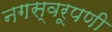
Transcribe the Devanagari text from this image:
नगस्वरूपणी